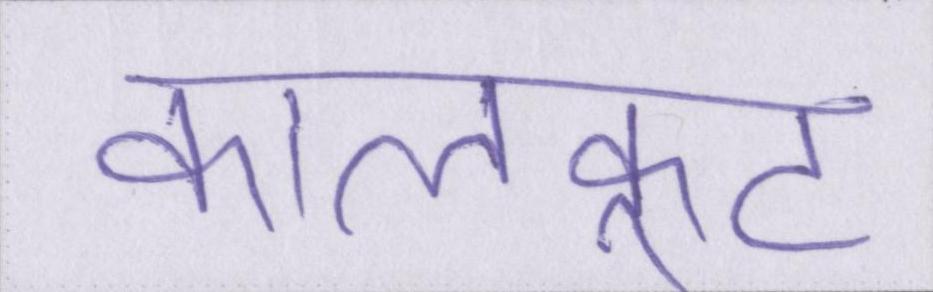
कालकूट